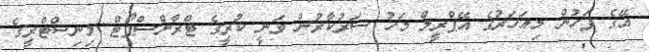
އޭގެ ފަހުން މިއަހަރުގެ އޭޕްރީލް މަހު ސަރުކާރުން ވަނީ ކުރީގެ ޓްރާންސްޕޯޓް މިނިސްޓްރީގެ